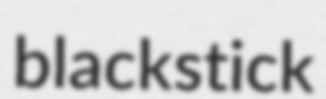
blackstick